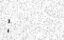
: